65_HS1-834228961_62-HQ-83894_Section_1
Agency: FBI
Page 149
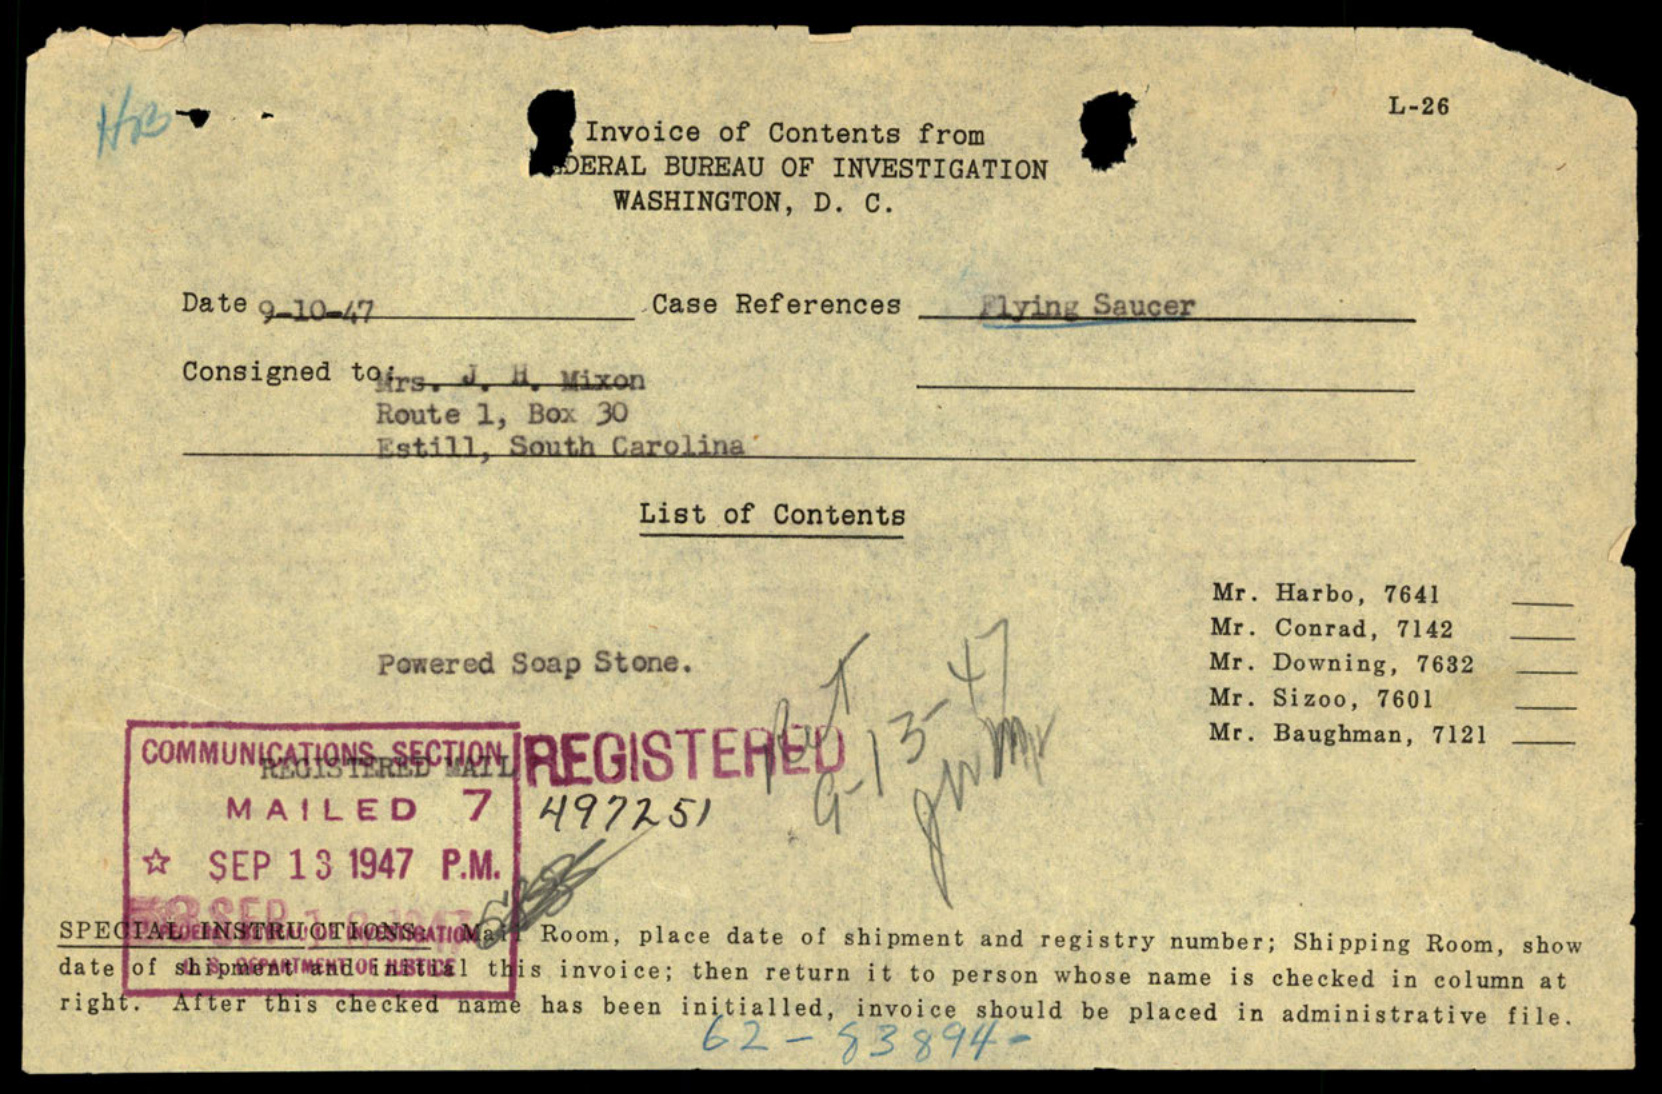